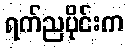
ရက်ညပိုင်းက